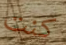
كنت